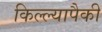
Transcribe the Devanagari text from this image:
किल्ल्यापैकी